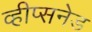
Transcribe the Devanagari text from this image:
व्हीप्सनेड